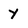
Character: Y